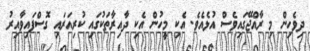
ދިވެހިން މި ރާއްޖޭގައިވެސް އުޅެއެވެ. އެކި މީހުން އެކި ދާއިރާތަކުގައި ކުރިއަރައި ގޮސްފައިވާއިރު